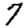
Digit: 7